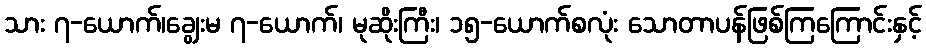
သား ၇-ယောက်၊ချွေးမ ၇-ယောက်၊ မုဆိုးကြီး၊ ၁၅-ယောက်စလုံး သောတာပန်ဖြစ်ကြကြောင်းနှင့်